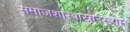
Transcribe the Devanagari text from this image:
समाजशास्त्रासारख्या